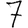
Digit: 7